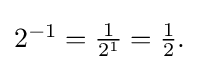
{\textstyle 2^{-1}={\frac {1}{2^{1}}}={\frac {1}{2}}.}